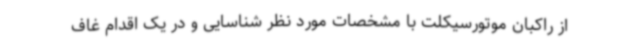
از راکبان موتورسیکلت با مشخصات مورد نظر شناسایی و در یک اقدام غاف